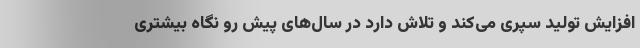
افزایش تولید سپری می‌کند و تلاش دارد در سال‌های پیش رو نگاه بیشتری